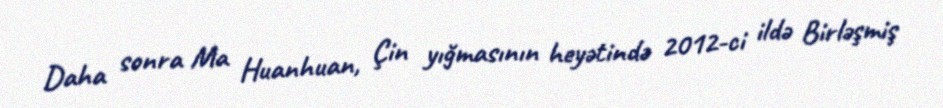
Daha sonra Ma Huanhuan, Çin yığmasının heyətində 2012-ci ildə Birləşmiş